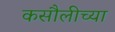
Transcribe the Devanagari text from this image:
कसौलीच्या